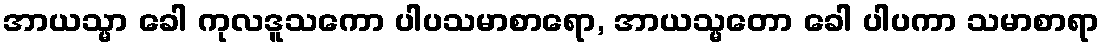
အာယသ္မာ ခေါ ကုလဒူသကော ပါပသမာစာရော, အာယသ္မတော ခေါ ပါပကာ သမာစာရာ